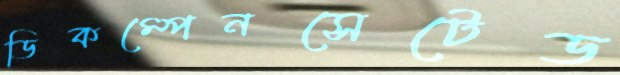
ডিকম্পেনসেটেড